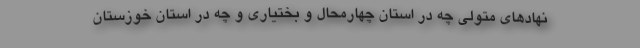
نهادهای متولی چه در استان چهارمحال و بختیاری و چه در استان خوزستان